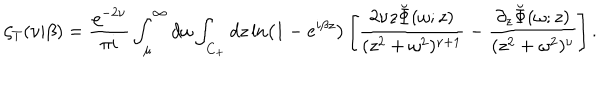
\zeta _ { T } ( \nu | \beta ) = { \frac { \varrho ^ { - 2 \nu } } { \pi i } } \int _ { \mu } ^ { \infty } d \omega \int _ { C _ { + } } d z \ln \left( 1 - e ^ { i \beta z } \right) \left[ { \frac { 2 \nu z \breve { \Phi } ( \omega ; z ) } { ( z ^ { 2 } + \omega ^ { 2 } ) ^ { \nu + 1 } } } - { \frac { \partial _ { z } \breve { \Phi } ( \omega ; z ) } { ( z ^ { 2 } + \omega ^ { 2 } ) ^ { \nu } } } \right] .